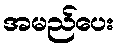
အမည်ပေး